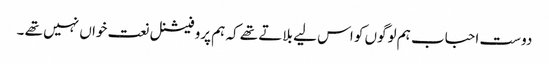
دوست احباب ہم لوگوں کو اس لیے بلاتے تھے کہ ہم پروفیشنل نعت خواں نہیں تھے ۔